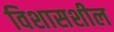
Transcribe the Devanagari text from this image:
विशासशील